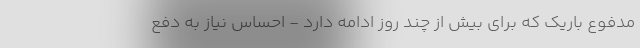
مدفوع باریک که برای بیش از چند روز ادامه دارد - احساس نیاز به دفع